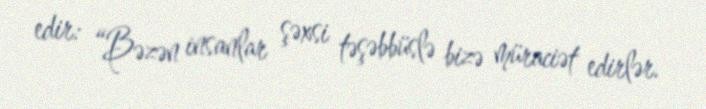
edir: “Bəzən insanlar şəxsi təşəbbüslə bizə müraciət edirlər.